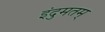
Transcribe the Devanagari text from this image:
इंदुमतम्